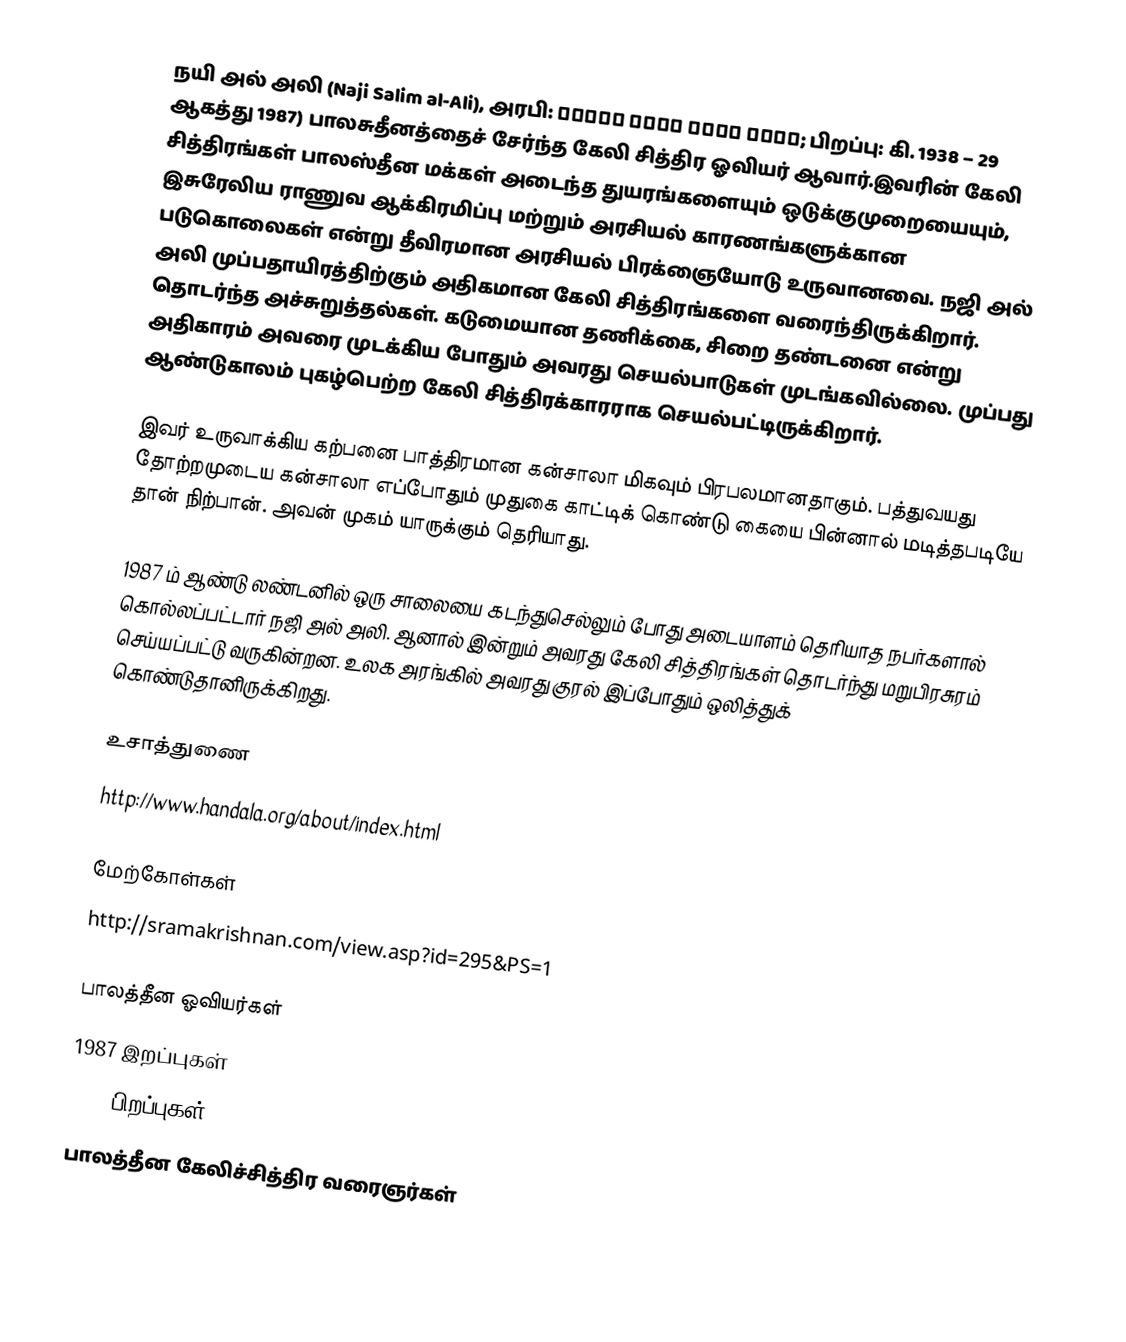
நயி அல் அலி (Naji Salim al-Ali), அரபி: ناجي سليم حسين العلي; பிறப்பு: கி. 1938 – 29 ஆகத்து 1987) பாலசுதீனத்தைச் சேர்ந்த கேலி சித்திர ஓவியர் ஆவார்.இவரின் கேலி சித்திரங்கள் பாலஸ்தீன மக்கள் அடைந்த துயரங்களையும் ஒடுக்குமுறையையும், இசுரேலிய ராணுவ ஆக்கிரமிப்பு மற்றும் அரசியல் காரணங்களுக்கான படுகொலைகள் என்று தீவிரமான அரசியல் பிரக்ஞையோடு உருவானவை. நஜி அல் அலி முப்பதாயிரத்திற்கும் அதிகமான கேலி சித்திரங்களை வரைந்திருக்கிறார். தொடர்ந்த அச்சுறுத்தல்கள். கடுமையான தணிக்கை, சிறை தண்டனை என்று அதிகாரம் அவரை முடக்கிய போதும் அவரது செயல்பாடுகள் முடங்கவில்லை. முப்பது ஆண்டுகாலம் புகழ்பெற்ற கேலி சித்திரக்காரராக செயல்பட்டிருக்கிறார்.

இவர் உருவாக்கிய கற்பனை பாத்திரமான கன்சாலா மிகவும் பிரபலமானதாகும். பத்துவயது தோற்றமுடைய கன்சாலா எப்போதும் முதுகை காட்டிக் கொண்டு கையை பின்னால் மடித்தபடியே தான் நிற்பான். அவன் முகம் யாருக்கும் தெரியாது.

1987 ம் ஆண்டு லண்டனில் ஒரு சாலையை கடந்துசெல்லும் போது அடையாளம் தெரியாத நபர்களால் கொல்லப்பட்டார் நஜி அல் அலி. ஆனால் இன்றும் அவரது கேலி சித்திரங்கள் தொடர்ந்து மறுபிரசுரம் செய்யப்பட்டு வருகின்றன. உலக அரங்கில் அவரது குரல் இப்போதும் ஒலித்துக் கொண்டுதானிருக்கிறது.

உசாத்துணை
http://www.handala.org/about/index.html

மேற்கோள்கள்
http://sramakrishnan.com/view.asp?id=295&PS=1

பாலத்தீன ஓவியர்கள்
1987 இறப்புகள்
1938 பிறப்புகள்
பாலத்தீன கேலிச்சித்திர வரைஞர்கள்